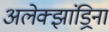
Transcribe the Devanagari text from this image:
अलेक्झांड्रिना